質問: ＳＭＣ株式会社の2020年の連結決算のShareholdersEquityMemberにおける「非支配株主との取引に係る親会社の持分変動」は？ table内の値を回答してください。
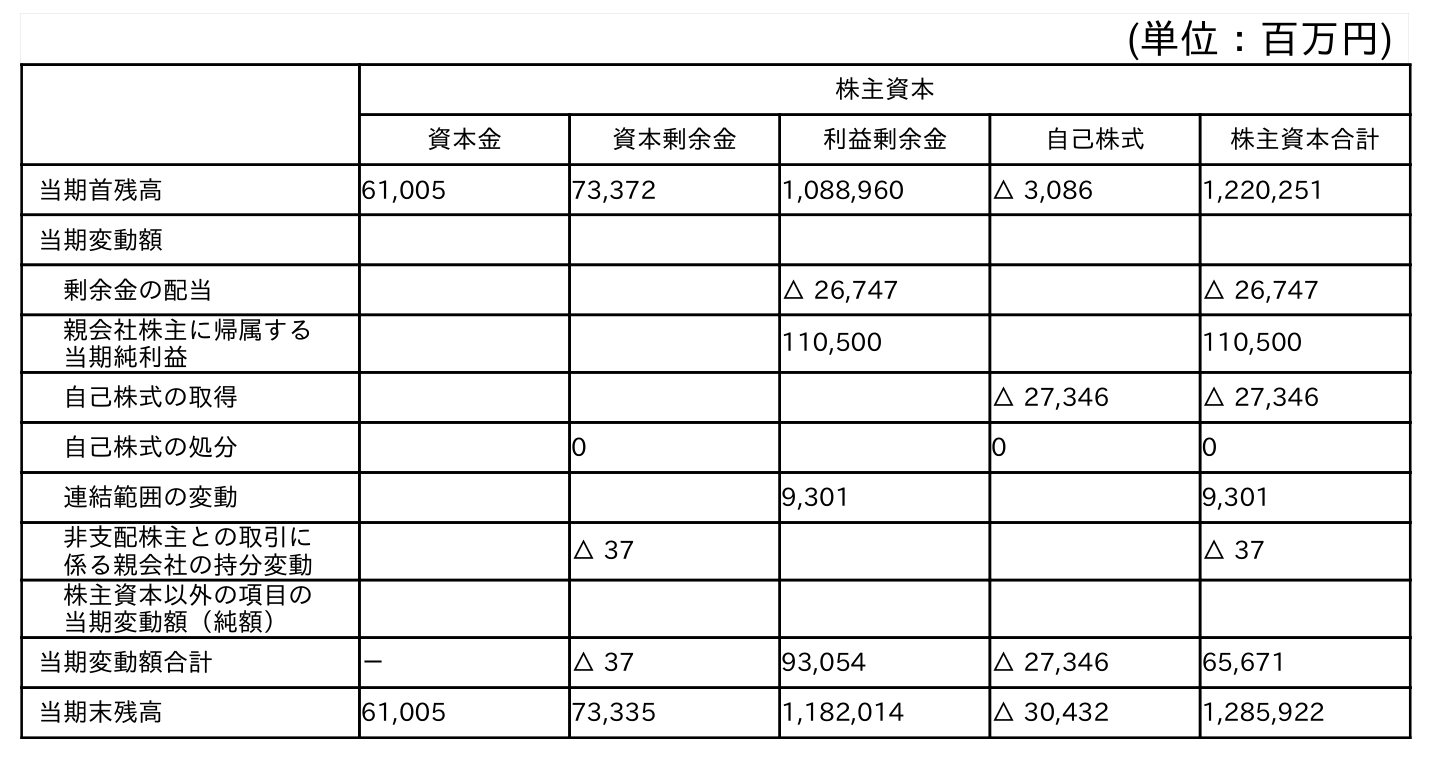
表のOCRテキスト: (単位：百万円) 株主資本 資本金 資本剰余金 利益剰余金 自己株式 株主資本合計 当期首残高 61,005 73,372 1,088,960 △ 3,086 1,220,251 当期変動額 剰余金の配当 △ 26,747 △ 26,747 親会社株主に帰属する 当期純利益 110,500 110,500 自己株式の取得 △ 27,346 △ 27,346 自己株式の処分 0 0 0 連結範囲の変動 9,301 9,301 非支配株主との取引に 係る親会社の持分変動 △ 37 △ 37 株主資本以外の項目の 当期変動額（純額） 当期変動額合計 － △ 37 93,054 △ 27,346 65,671 当期末残高 61,005 73,335 1,182,014 △ 30,432 1,285,922
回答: △37